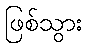
ဖြစ်သွား